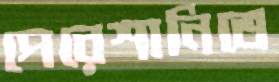
পেরেশানিতে